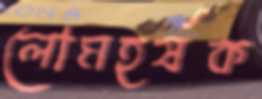
লোমহর্ষক